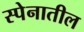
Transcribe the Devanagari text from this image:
स्पेनातील